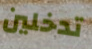
تدخلين